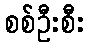
စစ်ဦးစီး